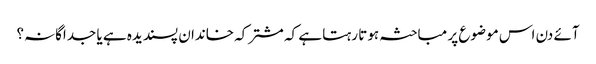
آئے دن اس موضوع پر مباحثہ ہوتا رہتا ہے کہ مشترکہ خاندان پسندیدہ ہے یا جداگانہ؟